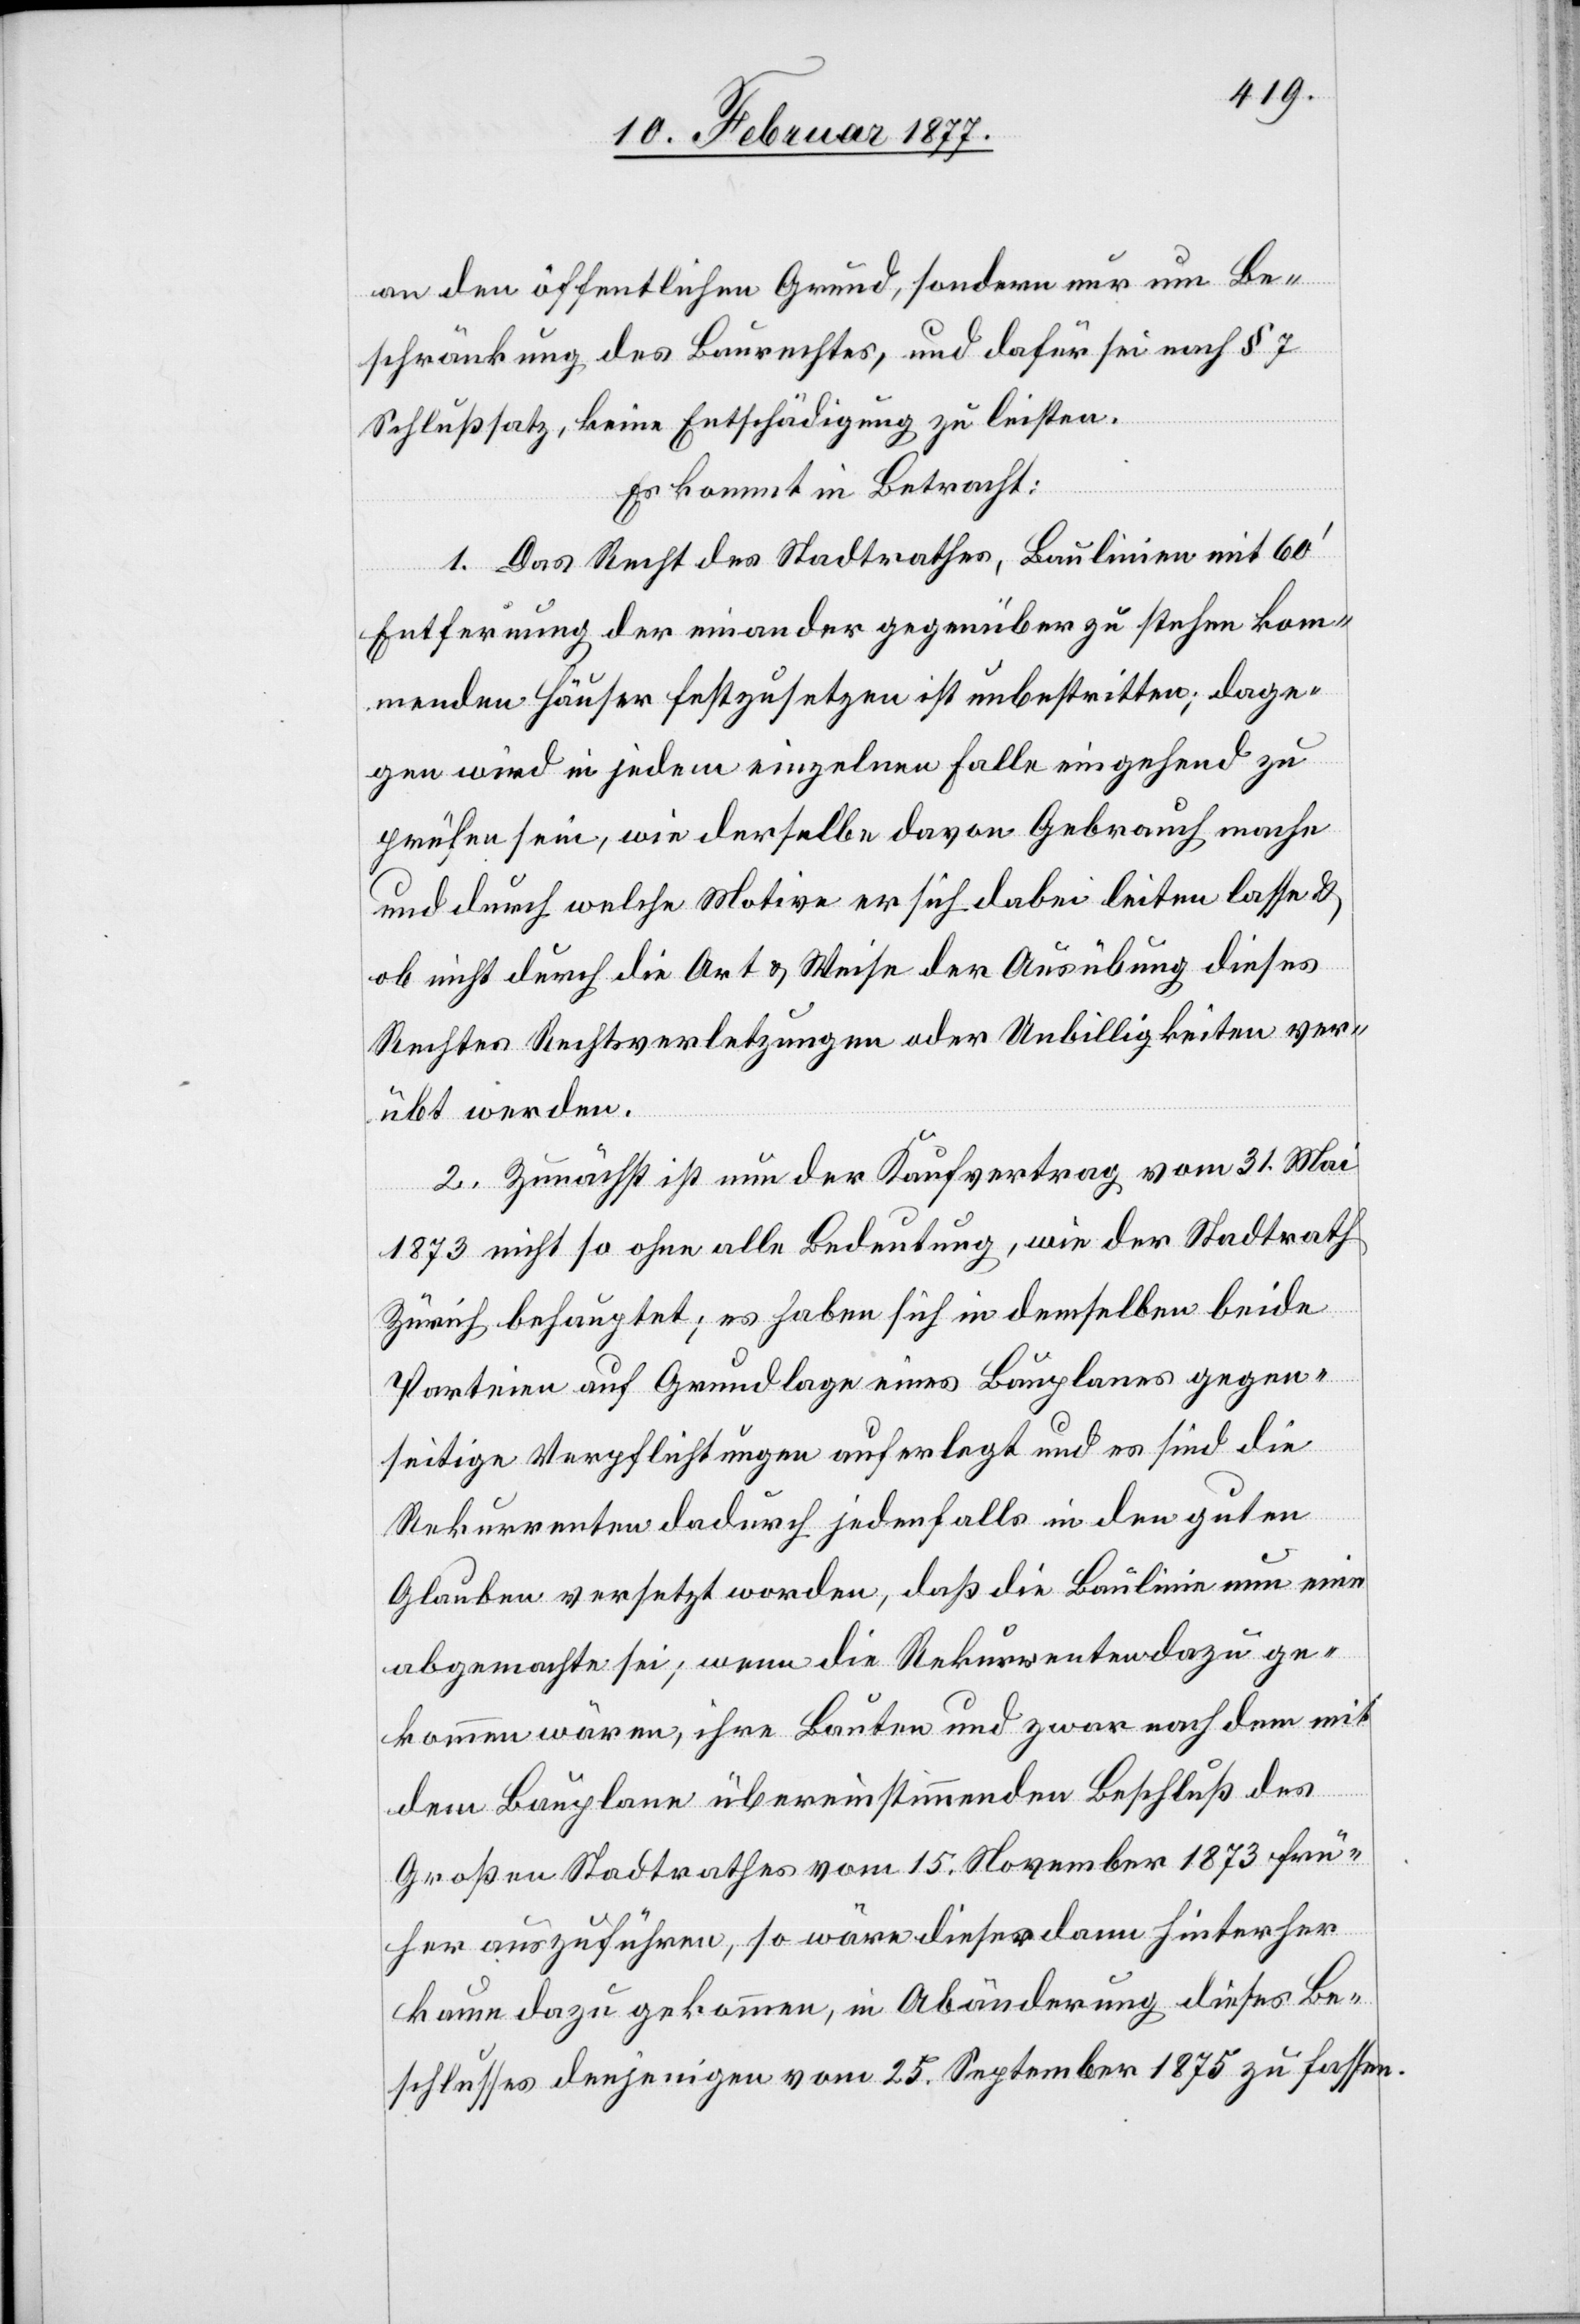
an den öffentlichen Grund, sondern nur um Be¬
schränkung des Baurechtes, und dafür sei nach § 7
Schlußsatz, keine Entschädigung zu leisten.
Es kommt in Betracht:
1. Das Recht des Stadtrathes, Baulinien mit 60’
Entfernung der einander gegenüber zu stehen kom¬
menden Häuser festzusetzen ist unbestritten; dage¬
gen wird in jedem einzelnen Falle eingehend zu
prüfen sein, wie derselbe davon Gebrauch mache
und durch welche Motive er sich dabei leiten lasse &
ob nicht durch die Art & Weise der Ausübung dieses
Rechtes Rechtsverletzungen oder Unbilligkeiten ver¬
übt werden.
2. Zunächst ist nun der Kaufvertrag vom 31. Mai
1873 nicht so ohne alle Bedeutung, wie der Stadtrath
Zürich behauptet; es haben sich in demselben beide
Parteien auf Grundlage eines Bauplanes gegen¬
seitige Verpflichtungen auferlegt und es sind die
Rekurrenten dadurch jedenfalls in den guten
Glauben versetzt worden, daß die Baulinie nun eine
abgemachte sei; wenn die Rekurrenten dazu ge¬
kommen wären, ihre Bauten und zwar nach dem mit
dem Bauplane übereinstimmenden Beschluß des
Großen Stadtrathes vom 15. November 1873 frü¬
her auszuführen, so wäre dieser dann hinterher
kaum dazu gekommen, in Abänderung dieses Be¬
schlusses denjenigen vom 25. September 1875 zu fassen.